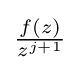
{\textstyle {\frac {f(z)}{z^{j+1}}}}